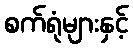
စက်ရုံများနှင့်